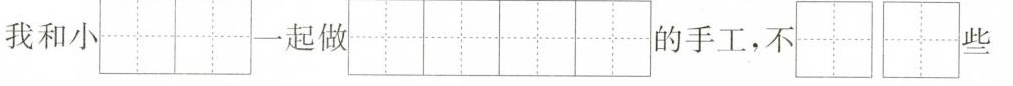
我和小 一起做 的手工，不些